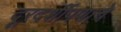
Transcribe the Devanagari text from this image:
दूरदर्शीपणाचे